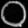
Digit: ၀